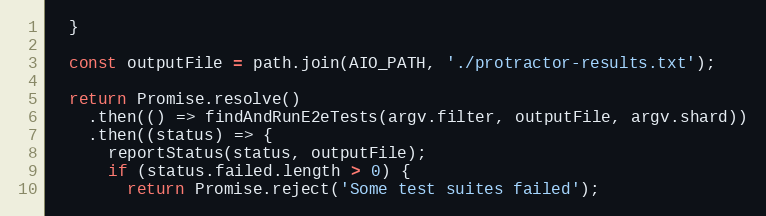
Language: JavaScript
  }

  const outputFile = path.join(AIO_PATH, './protractor-results.txt');

  return Promise.resolve()
    .then(() => findAndRunE2eTests(argv.filter, outputFile, argv.shard))
    .then((status) => {
      reportStatus(status, outputFile);
      if (status.failed.length > 0) {
        return Promise.reject('Some test suites failed');